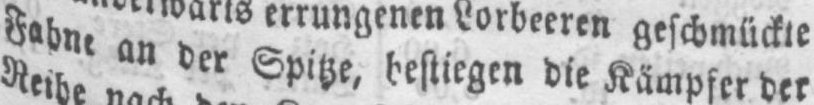
an der Spitze, bestiegen die Kämpfer der